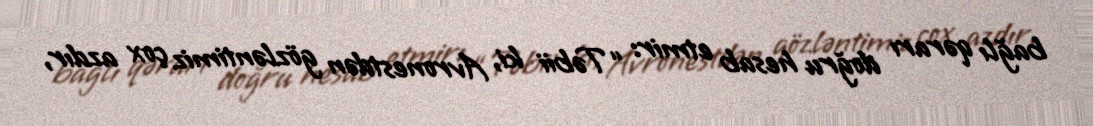
bağlı qərarı doğru hesab etmir: “Təbii ki, Avronestdən gözləntimiz çox azdır,